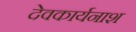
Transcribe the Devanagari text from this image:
देवकार्यनाश